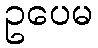
ဥပေမ